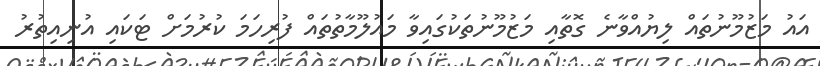
އައު މަޒުމޫނުތައް ލިޔުއްވާނެ ގޮތާއި މަޒުމޫނުތަކުގައިވާ މައުލޫމާތުތައް ފުރިހަމަ ކުރުމަށް ޓަކައި އުނިއިތުރު